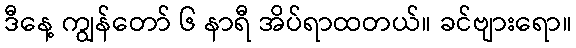
ဒီနေ့ ကျွန်တော် ၆ နာရီ အိပ်ရာထတယ်။ ခင်ဗျားရော။